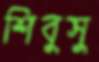
শিবুসু